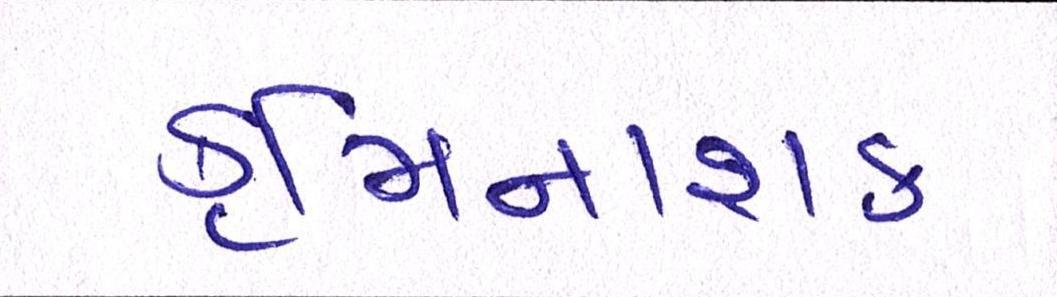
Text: કૃમિનાશક